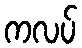
ကလပ်